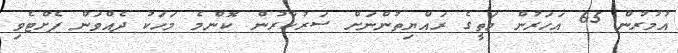
އުމުރުން 65 އަހަރުން މަތީގެ ރައްޔިތުންނަށް ސަރުކާރުން ކޮންމެ މަހަކު ދެއްވަން ފެށްޓެވި